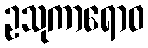
ဥသုကာရောဝ